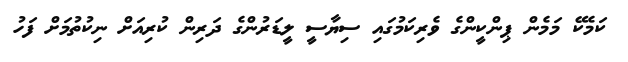
ކަމެކޭ މަމެން ޕިންކީންގެ ވެރިކަމުގައި ސިޔާސީ ލީޑަރުންގެ ދަރިން ކުރިއަށް ނިކުތުމަށް ފަހު